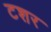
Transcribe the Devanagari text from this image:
टशर